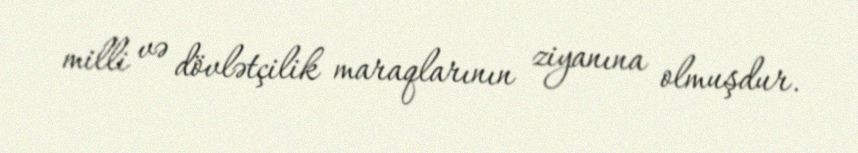
milli və dövlətçilik maraqlarının ziyanına olmuşdur.